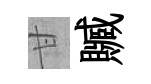
甘贓